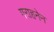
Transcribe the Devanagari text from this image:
गराहनेन